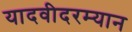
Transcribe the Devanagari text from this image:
यादवीदरम्यान